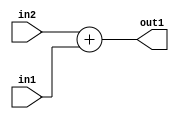
`timescale 1ps / 1ps
/*****************************************************************************
    Verilog RTL Description
    
    
    Created by: Stratus DpOpt 21.05.01 
*******************************************************************************/

module Filter_Add_2Ux1U_2U_4 (
	in2,
	in1,
	out1
	); /* architecture "behavioural" */ 
input [1:0] in2;
input  in1;
output [1:0] out1;
wire [1:0] asc001;

assign asc001 = 
	+(in2)
	+(in1);

assign out1 = asc001;
endmodule

/* CADENCE  urn1Qgw= : u9/ySxbfrwZIxEzHVQQV8Q== ** DO NOT EDIT THIS LINE ******/